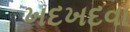
ખદખદવા